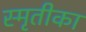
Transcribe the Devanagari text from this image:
स्मृतीका